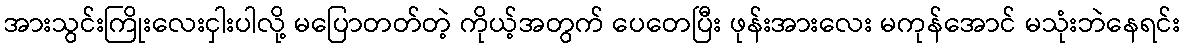
အားသွင်းကြိုးလေးငှါးပါလို့ မပြောတတ်တဲ့ ကိုယ့်အတွက် ပေတေပြီး ဖုန်းအားလေး မကုန်အောင် မသုံးဘဲနေရင်း